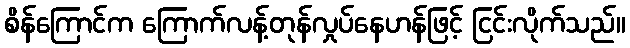
စိန်ကြောင်က ကြောက်လန့်တုန်လှုပ်နေဟန်ဖြင့် ငြင်းလိုက်သည်။